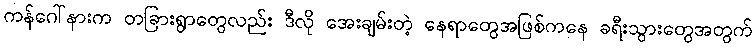
ကန်ဂေါ်နားက တခြားရွာတွေလည်း ဒီလို အေးချမ်းတဲ့ နေရာတွေအဖြစ်ကနေ ခရီးသွားတွေအတွက်